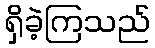
ရှိခဲ့ကြသည်